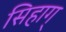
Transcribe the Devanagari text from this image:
सिहाग्